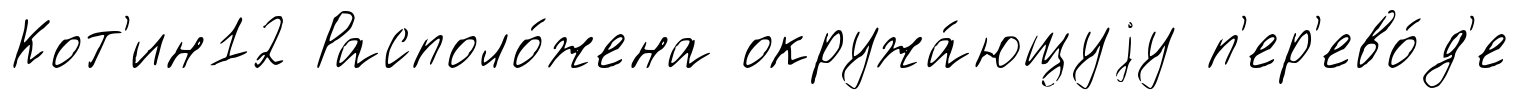
Кот'ин12 Располо́жена окружа́ющуjу п'ер'ево́д'е